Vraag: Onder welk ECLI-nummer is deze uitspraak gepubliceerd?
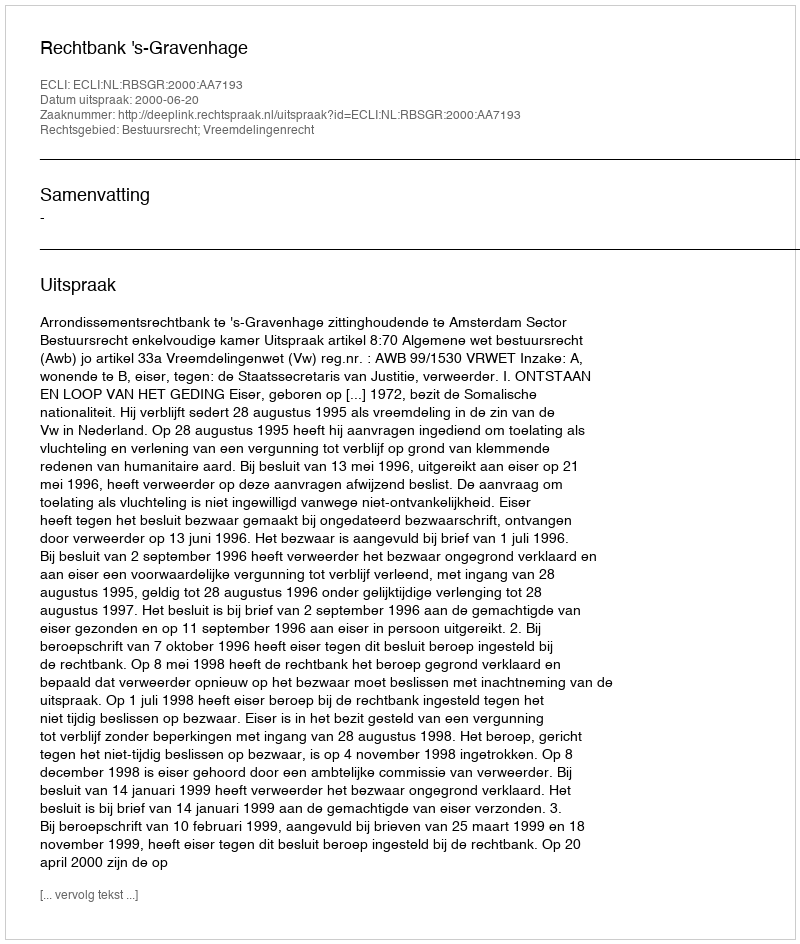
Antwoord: ECLI:NL:RBSGR:2000:AA7193